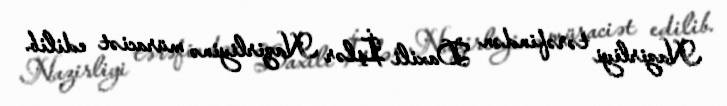
Nazirliyi tərəfindən Daxili İşlər Nazirliyinə müraciət edilib.